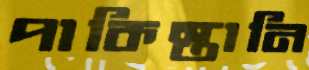
পাকিস্তানি